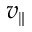
v _ { \| }